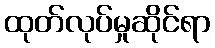
ထုတ်လုပ်မှုဆိုင်ရာ